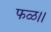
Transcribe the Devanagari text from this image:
फळ।।